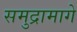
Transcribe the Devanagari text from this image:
समुद्रामागे